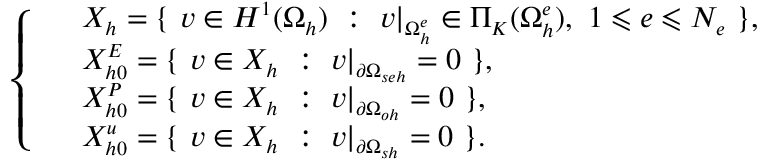
\small \left\{ \begin{array} { r l } & { X _ { h } = \{ \ v \in H ^ { 1 } ( \Omega _ { h } ) \ : \ v | _ { \Omega _ { h } ^ { e } } \in \Pi _ { K } ( \Omega _ { h } ^ { e } ) , \ 1 \leqslant e \leqslant N _ { e } \ \} , } \\ & { X _ { h 0 } ^ { E } = \{ \ v \in X _ { h } \ : \ v | _ { \partial \Omega _ { s e h } } = 0 \ \} , } \\ & { X _ { h 0 } ^ { P } = \{ \ v \in X _ { h } \ : \ v | _ { \partial \Omega _ { o h } } = 0 \ \} , } \\ & { X _ { h 0 } ^ { u } = \{ \ v \in X _ { h } \ : \ v | _ { \partial \Omega _ { s h } } = 0 \ \} . } \end{array} \right.